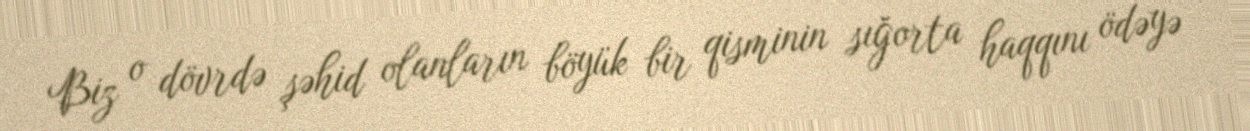
Biz o dövrdə şəhid olanların böyük bir qisminin sığorta haqqını ödəyə